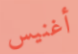
أغنيس